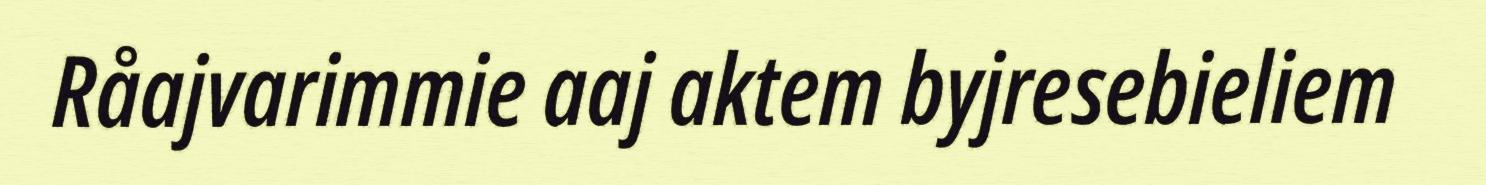
Råajvarimmie aaj aktem byjresebieliem